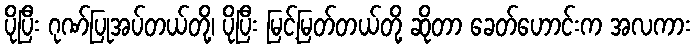
ပိုပြီး ဂုဏ်ပြုအပ်တယ်တို့၊ ပိုပြီး မြင့်မြတ်တယ်တို့ ဆိုတာ ခေတ်ဟောင်းက အလကား